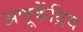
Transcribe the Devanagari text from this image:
अणूकेंद्रिय